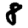
Digit: 8